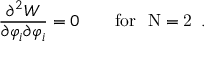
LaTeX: \frac { \partial ^ { 2 } { W } } { \partial \varphi _ { i } \partial \varphi _ { i } } = 0 \qquad \mathrm { f o r ~ { \cal ~ N } = 2 ~ } \, .